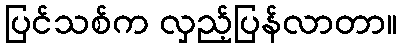
ပြင်သစ်က လှည့်ပြန်လာတာ။